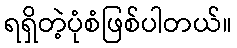
ရရှိတဲ့ပုံစံဖြစ်ပါတယ်။